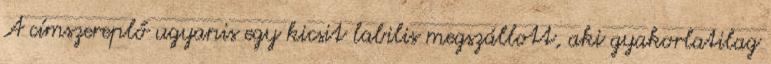
A címszereplő ugyanis egy kicsit labilis megszállott, aki gyakorlatilag